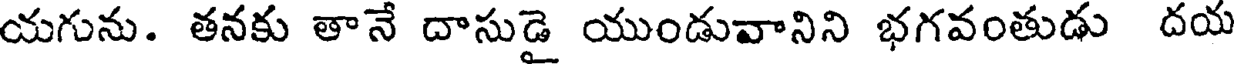
యగును. తనకు తానే దాసుడై యుండువానిని భగవంతుడు దయ